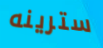
سترينه